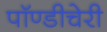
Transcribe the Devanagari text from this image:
पॉण्डीचेरी